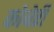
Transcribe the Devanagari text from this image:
कोबेरी